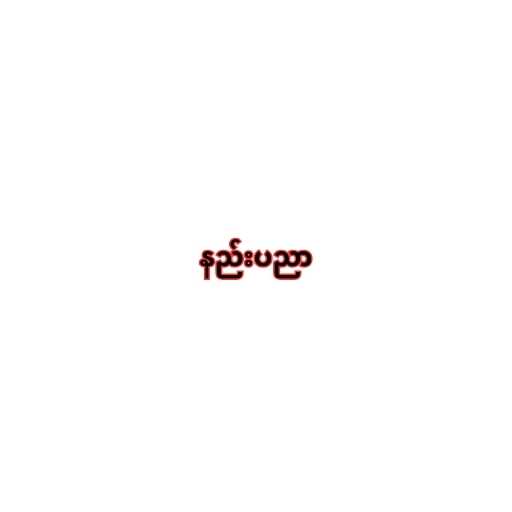
နည်းပညာ